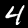
Digit: 4